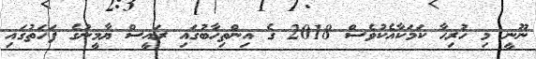
ނޫނީ މި ހުރިހާ ކަމަކާއެކުވެސް 2018 ގެ އިންތިހާބުގައި ރައީސް ޔާމީނުގެ ފަހަތުގައި